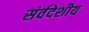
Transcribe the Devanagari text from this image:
संर्वदेशीय